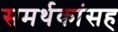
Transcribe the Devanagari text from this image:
समर्थकांसह